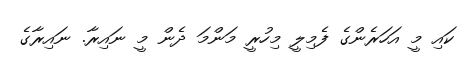
ކައި މީ އަހަރެންގެ ފެމިލީ މިހުރީ މަންމަ ދެން މީ ނައިރާ. ނައިރާގެ